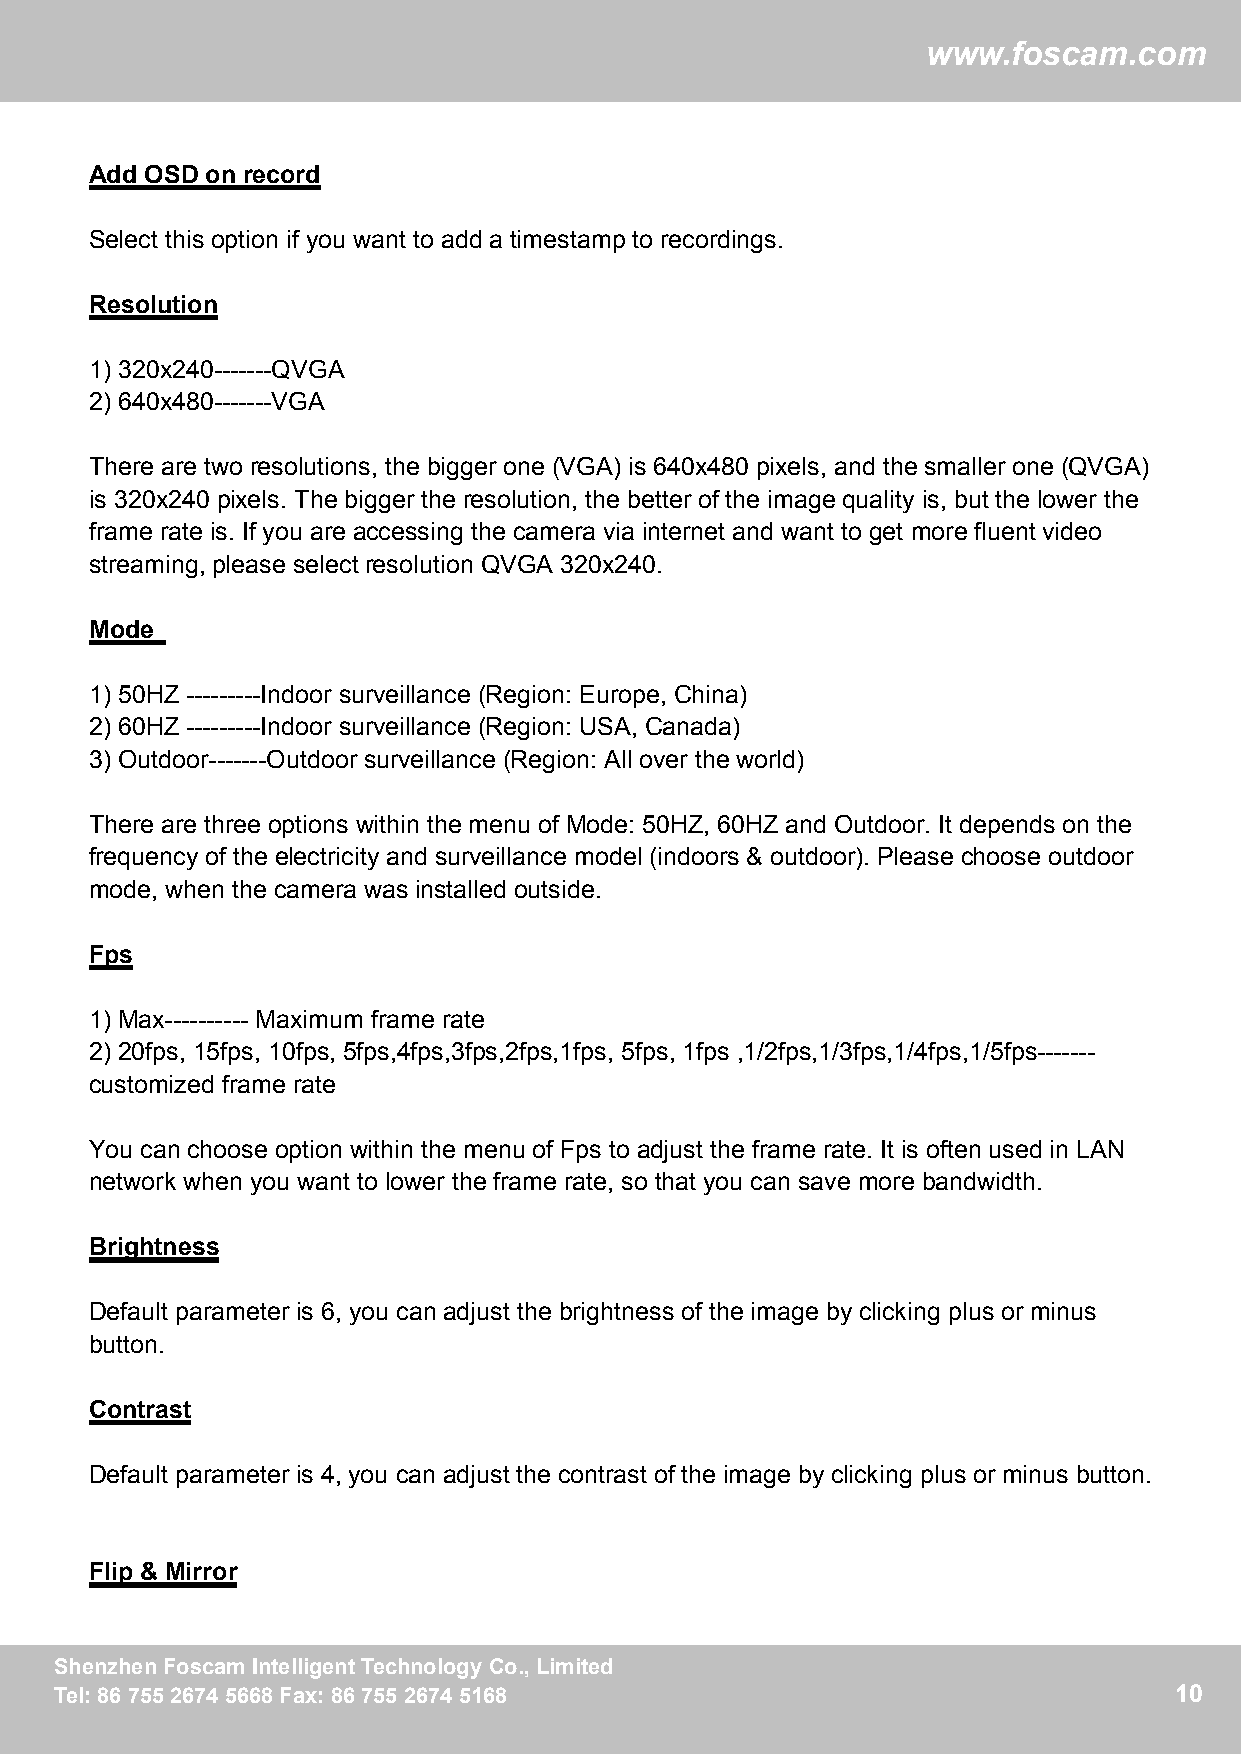
ww
 wwwwww..ffoossccaamm..ccoomm
 Add OSD on record
 Select this option if you want to add a timestamp to recordings.
 Resolution
 1) 320x240-------QVGA
 2) 640x480-------VGA
 There are two resolutions, the bigger one (VGA) is 640x480 pixels, and the smaller one (QVGA)
 is 320x240 pixels. The bigger the resolution, the better of the image quality is, but the lower the
 frame rate is. If you are accessing the camera via internet and want to get more fluent video
 streaming, please select resolution QVGA 320x240.
 Mode
 1) 50HZ ---------Indoor surveillance (Region: Europe, China)
 2) 60HZ ---------Indoor surveillance (Region: USA, Canada)
 3) Outdoor-------Outdoor surveillance (Region: All over the world)
 There are three options within the menu of Mode: 50HZ, 60HZ and Outdoor. It depends on the
 frequency of the electricity and surveillance model (indoors & outdoor). Please choose outdoor
 mode, when the camera was installed outside.
 Fps
 1) Max---------- Maximum frame rate
 2) 20fps, 15fps, 10fps, 5fps,4fps,3fps,2fps,1fps, 5fps, 1fps ,1/2fps,1/3fps,1/4fps,1/5fps-------
 customized frame rate
 You can choose option within the menu of Fps to adjust the frame rate. It is often used in LAN
 network when you want to lower the frame rate, so that you can save more bandwidth.
 Brightness
 Default parameter is 6, you can adjust the brightness of the image by clicking plus or minus
 button.
 Contrast
 Default parameter is 4, you can adjust the contrast of the image by clicking plus or minus button.
 Flip & Mirror
 SShheennzzhheennFFoossccaammIInntteelllliiggeennttTTeecchhnnoollooggyyCCoo..,,LLiimmiitteedd 10
 TTeell::88667755552266774455666688FFaaxx::88667755552266774455116688      10